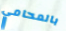
بالمحامي